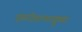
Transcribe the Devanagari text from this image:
गुरूदीक्षापराङ्मुखाः